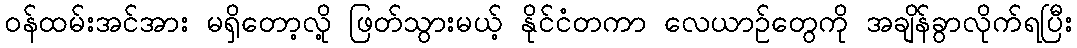
ဝန်ထမ်းအင်အား မရှိတော့လို့ ဖြတ်သွားမယ့် နိုင်ငံတကာ လေယာဉ်တွေကို အချိန်ခွာလိုက်ရပြီး